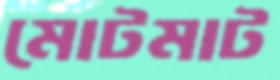
মোটমাট